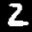
Label: 2